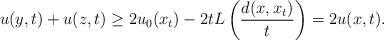
LaTeX: \begin{align*}u(y, t)+u(z, t)\geq 2u_0(x_t)-2t L\left({d(x, x_t)\over t}\right)=2u(x, t).\end{align*}